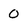
Character: 0